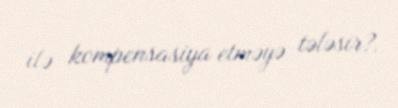
ilə kompensasiya etməyə tələsir?.